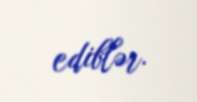
ediblər.